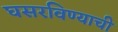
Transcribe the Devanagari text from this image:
घसरविण्याची